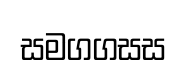
සමගගසස